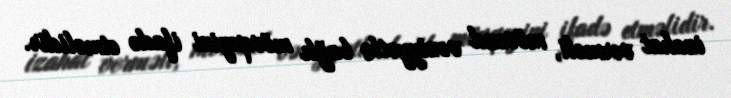
izahat verməli, mövcud vəziyyətlə bağlı mövqeyini ifadə etməlidir.